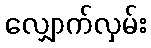
လျှောက်လှမ်း